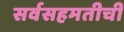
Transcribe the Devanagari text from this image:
सर्वसहमतीची